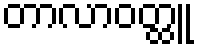
တာလာဝတ္ထူ